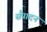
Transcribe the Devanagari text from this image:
सँपादन